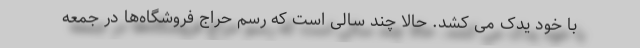
با خود یدک می کشد. حالا چند سالی است که رسم حراج فروشگاه‌ها در جمعه